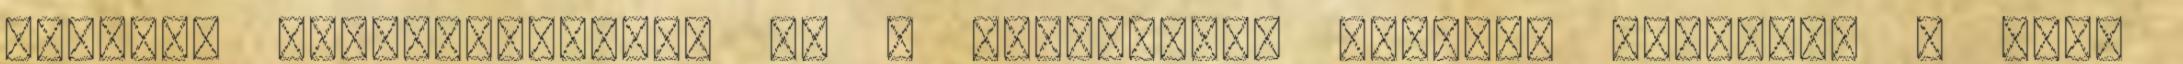
sújtott nagyvállalatok és a szegényebb rétegek rovására a kis-